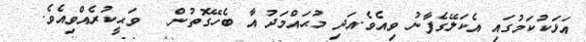
އަޅަކުކަމުގައި އެކަލޭގެފާނު ވިއެވެ.އަދި މުޙައްމަދު  އާ ބެހޭގޮތުން   ވަޙީކުރެއްވިއެވެ.